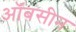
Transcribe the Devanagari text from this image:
ऑबसीन